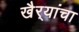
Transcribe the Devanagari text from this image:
खैर्‍यांचा